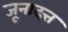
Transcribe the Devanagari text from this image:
जूनादत्त